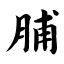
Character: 脯